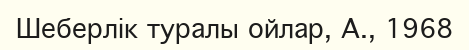
Шеберлік туралы ойлар, А., 1968